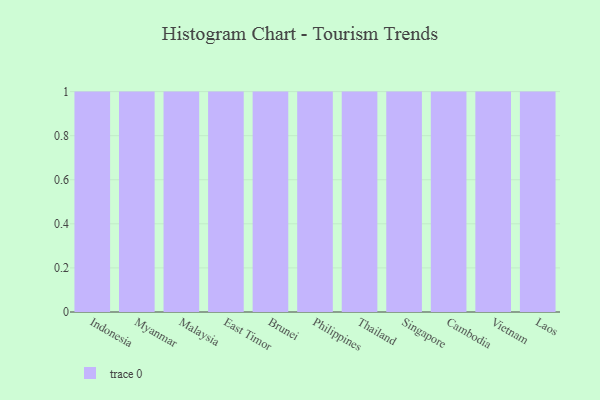
{"axis": {"x": "Country", "y": "Gross Profit (USD K)"}, "legend": [""], "data": [{"x": "Indonesia", "y": 52, "type": ""}, {"x": "Myanmar", "y": 45, "type": ""}, {"x": "Malaysia", "y": 42, "type": ""}, {"x": "East Timor", "y": 31, "type": ""}, {"x": "Brunei", "y": 38, "type": ""}, {"x": "Philippines", "y": 40, "type": ""}, {"x": "Thailand", "y": 70, "type": ""}, {"x": "Singapore", "y": 43, "type": ""}, {"x": "Cambodia", "y": 19, "type": ""}, {"x": "Vietnam", "y": 58, "type": ""}, {"x": "Laos", "y": 22, "type": ""}]}